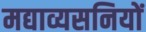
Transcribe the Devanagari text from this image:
मद्याव्यसनियों